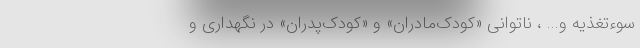
سوءتغذیه و... ، ناتوانی «کودک‌مادران» و «کودک‌پدران» در نگهداری و